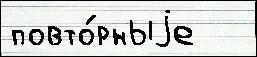
повто́рныjе